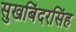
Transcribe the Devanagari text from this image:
सुखबिंदरसिंह